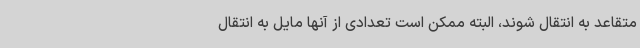
متقاعد به انتقال شوند، البته ممکن است تعدادی از آنها مایل به انتقال